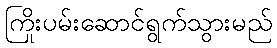
ကြိုးပမ်းဆောင်ရွက်သွားမည်